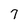
Character: 7